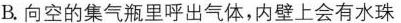
B.向空的集气瓶里呼出气体，内壁上会有水珠